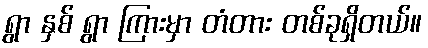
ရွာ နှစ် ရွာ ကြားမှာ တံတား တစ်ခုရှိတယ်။